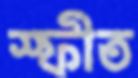
স্ফীত